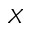
_ X